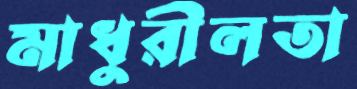
মাধুরীলতা